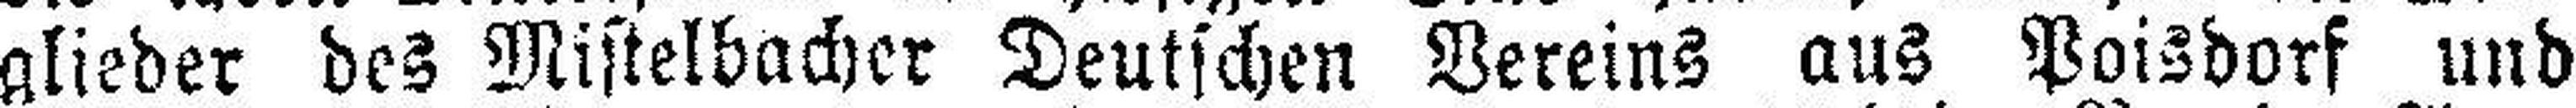
glieder des Mistelbacher Deutschen Vereins aus Poisdorf und